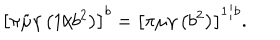
LaTeX: \left\lbrack \pi \tilde { \mu } \gamma \left( 1 / b ^ { 2 } \right) \right\rbrack ^ { b } = \left\lbrack \pi \mu \gamma \left( b ^ { 2 } \right) \right\rbrack ^ { 1 / b } .